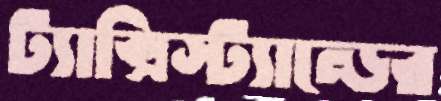
ট্যাক্সিস্ট্যান্ডের